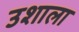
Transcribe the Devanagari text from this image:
उशाला